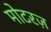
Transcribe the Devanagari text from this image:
मोटरज़